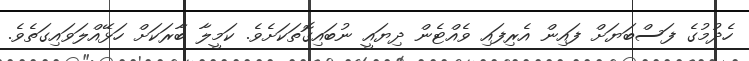
ހެދުމުގެ ފަސްބަޔަށް ފައިން އެރިފައި ވެއްޓެން ދިޔައީ ނުބައިގޮތަކަށެވެ. ކަމީލާ ބާރަކަށް ހަޅޭއްލަވައިގަތެވެ.